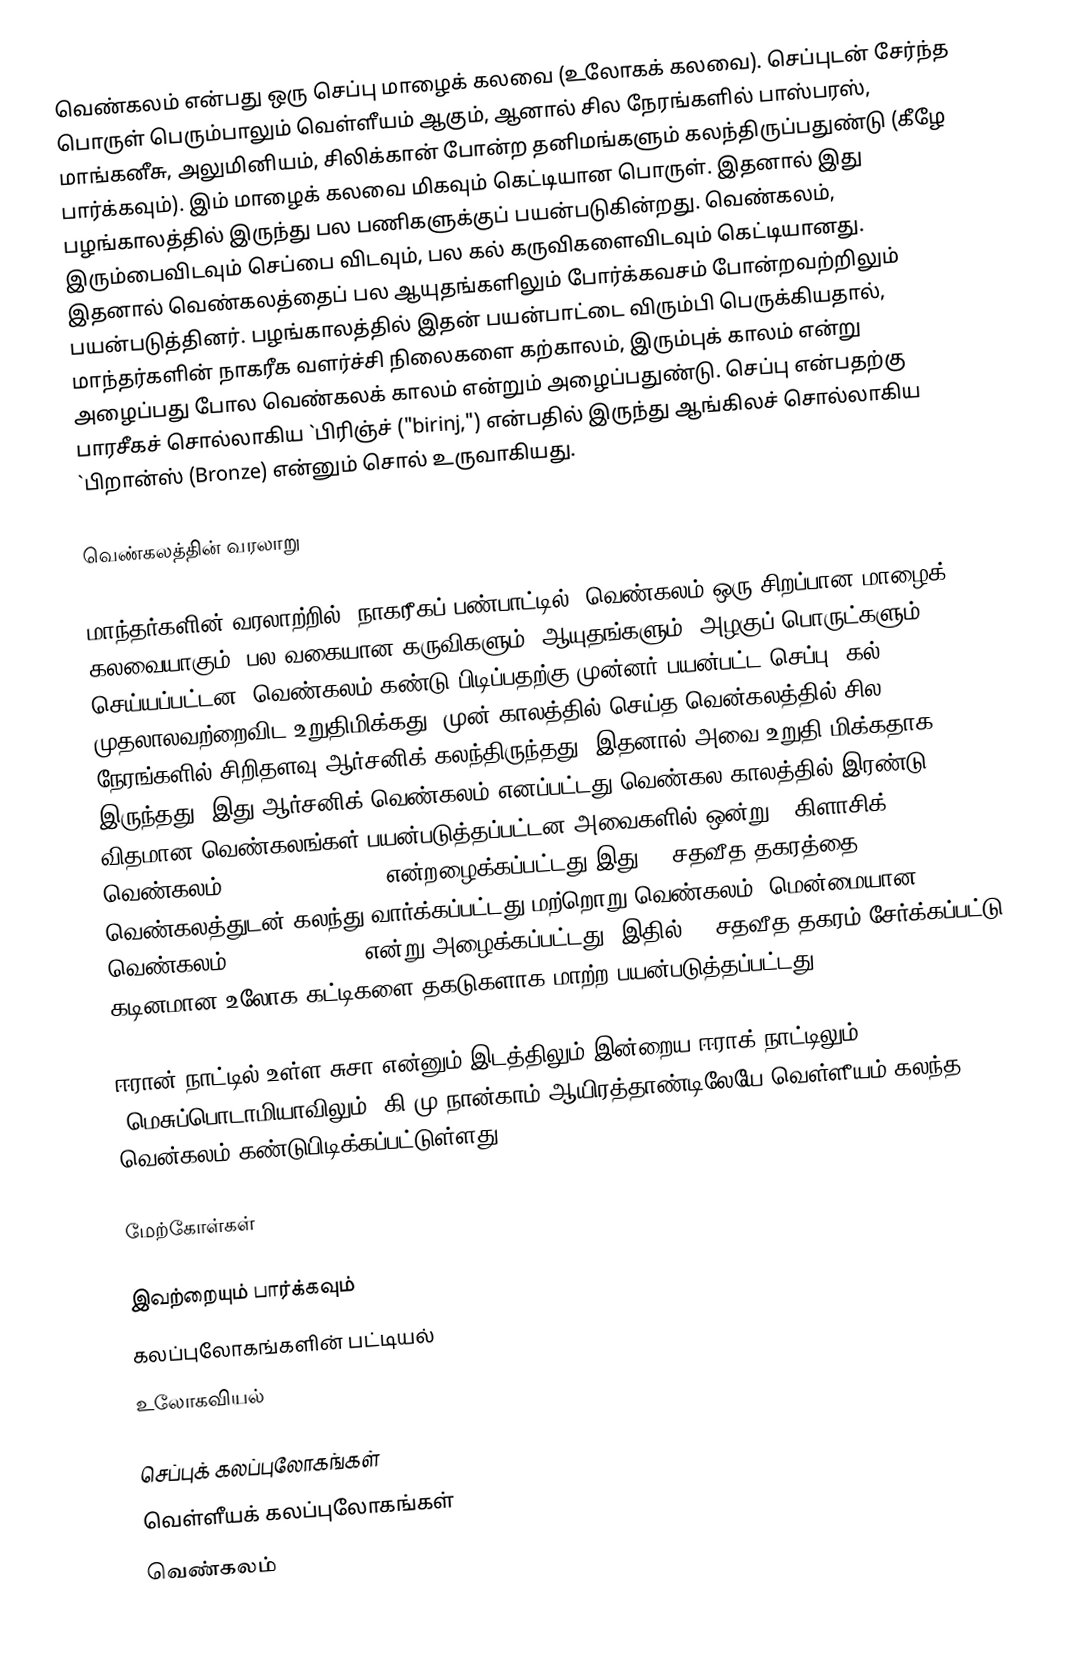
வெண்கலம் என்பது ஒரு செப்பு மாழைக் கலவை (உலோகக் கலவை). செப்புடன் சேர்ந்த பொருள் பெரும்பாலும் வெள்ளீயம் ஆகும், ஆனால் சில நேரங்களில் பாஸ்பரஸ், மாங்கனீசு, அலுமினியம், சிலிக்கான் போன்ற தனிமங்களும் கலந்திருப்பதுண்டு (கீழே பார்க்கவும்). இம் மாழைக் கலவை மிகவும் கெட்டியான பொருள். இதனால் இது பழங்காலத்தில் இருந்து பல பணிகளுக்குப் பயன்படுகின்றது. வெண்கலம், இரும்பைவிடவும் செப்பை விடவும், பல கல் கருவிகளைவிடவும் கெட்டியானது. இதனால் வெண்கலத்தைப் பல ஆயுதங்களிலும் போர்க்கவசம் போன்றவற்றிலும் பயன்படுத்தினர். பழங்காலத்தில் இதன் பயன்பாட்டை விரும்பி பெருக்கியதால், மாந்தர்களின் நாகரீக வளர்ச்சி நிலைகளை கற்காலம், இரும்புக் காலம் என்று அழைப்பது போல வெண்கலக் காலம் என்றும் அழைப்பதுண்டு. செப்பு என்பதற்கு பாரசீகச் சொல்லாகிய `பிரிஞ்ச் ("birinj,") என்பதில் இருந்து ஆங்கிலச் சொல்லாகிய `பிறான்ஸ் (Bronze) என்னும் சொல் உருவாகியது.

வெண்கலத்தின் வரலாறு

மாந்தர்களின் வரலாற்றில், நாகரீகப் பண்பாட்டில், வெண்கலம் ஒரு சிறப்பான மாழைக் கலவையாகும். பல வகையான கருவிகளும், ஆயுதங்களும், அழகுப் பொருட்களும் செய்யப்பட்டன. வெண்கலம் கண்டு பிடிப்பதற்கு முன்னர் பயன்பட்ட செப்பு, கல் முதலாலவற்றைவிட உறுதிமிக்கது. முன் காலத்தில் செய்த வென்கலத்தில் சில நேரங்களில் சிறிதளவு ஆர்சனிக் கலந்திருந்தது, இதனால் அவை உறுதி மிக்கதாக இருந்தது. இது ஆர்சனிக் வெண்கலம் எனப்பட்டது.வெண்கல காலத்தில் இரண்டு விதமான வெண்கலங்கள் பயன்படுத்தப்பட்டன.அவைகளில் ஒன்று, 'கிளாசிக் வெண்கலம்' (classic bronze) என்றழைக்கப்பட்டது.இது 10 சதவீத தகரத்தை(tin) வெண்கலத்துடன் கலந்து வார்க்கப்பட்டது.மற்றொறு வெண்கலம் 'மென்மையான வெண்கலம்' (mild bronze) என்று அழைக்கப்பட்டது. இதில், 6 சதவீத தகரம் சேர்க்கப்பட்டு கடினமான உலோக கட்டிகளை தகடுகளாக மாற்ற பயன்படுத்தப்பட்டது.

ஈரான் நாட்டில் உள்ள சுசா என்னும் இடத்திலும் இன்றைய ஈராக் நாட்டிலும் (மெசுப்பொடாமியாவிலும்) கி.மு நான்காம் ஆயிரத்தாண்டிலேயே வெள்ளீயம் கலந்த வென்கலம் கண்டுபிடிக்கப்பட்டுள்ளது.

மேற்கோள்கள்

இவற்றையும் பார்க்கவும்
 கலப்புலோகங்களின் பட்டியல்
 உலோகவியல்

செப்புக் கலப்புலோகங்கள்
வெள்ளீயக் கலப்புலோகங்கள்
வெண்கலம்